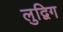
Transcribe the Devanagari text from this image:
लुद्विग